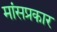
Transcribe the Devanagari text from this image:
मांसप्रकार